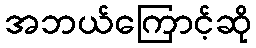
အဘယ်ကြောင့်ဆို